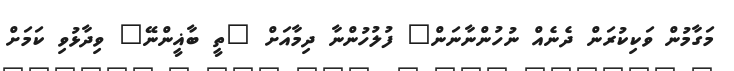
މަގާމުން ވަކިކުރަން ދެނެއް ނުހުންނާނަން" ފުލުހުންނާ ދިމާއަށް "ތީ ބާޣީންނޭ" ވިދާޅުވި ކަމަށް